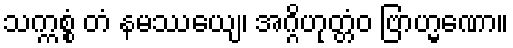
သက္ကစ္စံ တံ နမဿေယျ၊ အဂ္ဂိဟုတ္တံဝ ဗြာဟ္မဏော။